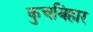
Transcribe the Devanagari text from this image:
कुचबिहार